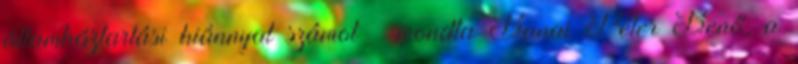
államháztartási hiánnyal számol – mondta Banai Péter Benő, a